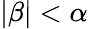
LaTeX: |\beta|<\alpha